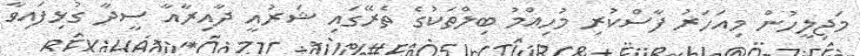
މަޖިލީހުން މިއަހަރު ފާސްކުރި މުހިއްމު ބިލްތަކުގެ ތެރޭގައި ޝަރުއީ ދާއިރާއާ ސީދާ ގުޅިފައިވާ